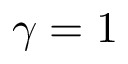
\gamma = 1